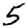
Digit: 5